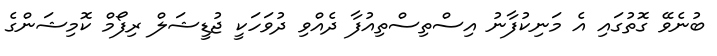
ބުނެވޭ ގޮތުގައި އެ މަނިކުފާނު އިސްތިސްތިއުފާ ދެއްވި ދުވަހަކީ ޖުޑީޝަލް ރިފޯމް ކޮމިޝަންގެ